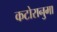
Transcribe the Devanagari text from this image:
कटोरानुमा